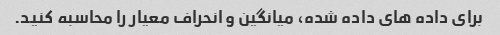
برای داده های داده شده، میانگین و انحراف معیار را محاسبه کنید.